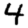
Digit: 4